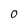
Character: O